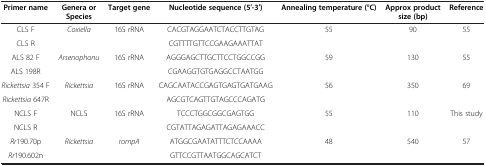
| Primer name | Genera or Species | Target gene | Nucleotide sequence (5′-3′) | Annealing temperature (°C) | Approx product size (bp) | Reference |
 | --- | --- | --- | --- | --- | --- | --- |
 | CLS F | Coxiella | 16S rRNA | CACGTAGGAATCTACCTTGTAG | 55 | 90 | 55 |
 | CLS R |  |  | CGTTTTGTTCCGAAGAAATTAT |  |  |  |
 | ALS 82 F | Arsenophonu | 16S rRNA | AGGGAGCTTGCTTCCTGGCCGG | 59 | 130 | 55 |
 | ALS 198R |  |  | CGAAGGTGTGAGGCCTAATGG |  |  |  |
 | Rickettsia 354 F | Rickettsia | 16S rRNA | CAGCAATACCGAGTGAGTGATGAAG | 56 | 350 | 69 |
 | Rickettsia 647R |  |  | AGCGTCAGTTGTAGCCCAGATG |  |  |  |
 | NCLS F | NCLS | 16S rRNA | TCCCTGGCGGCGAGTGG | 55 | 110 | This study |
 | NCLS R |  |  | CGTATTAGAGATTAGAGAAACC |  |  |  |
 | Rr190.70p | Rickettsia | rompA | ATGGCGAATATTTCTCCAAAA | 48 | 540 | 57 |
 | Rr190.602n |  |  | GTTCCGTTAATGGCAGCATCT |  |  |  |